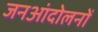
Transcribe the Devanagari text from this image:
जनआंदोलनों